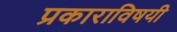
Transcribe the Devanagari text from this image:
प्रकाराविषयी